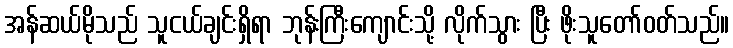
အန်ဆယ်မိုသည် သူငယ်ချင်းရှိရာ ဘုန်းကြီးကျောင်းသို့ လိုက်သွား ပြီး ဖိုးသူတော်ဝတ်သည်။